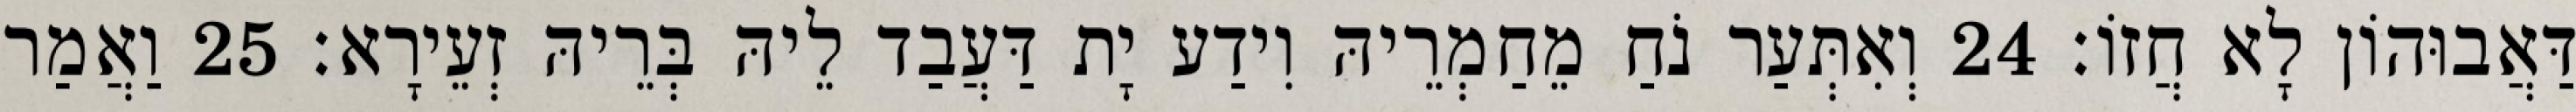
דַּאֲבוּהוֹן לָא חֲזוֹ׃ 24 וְאִתְּעַר נֹחַ מֵחַמְרֵיהּ וִידַע יָת דַּעֲבַד לֵיהּ בְּרֵיהּ זְעֵירָא׃ 25 וַאֲמַר